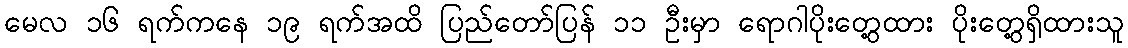
မေလ ၁၆ ရက်ကနေ ၁၉ ရက်အထိ ပြည်တော်ပြန် ၁၁ ဦးမှာ ရောဂါပိုးတွေ့ထား ပိုးတွေ့ရှိထားသူ